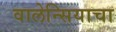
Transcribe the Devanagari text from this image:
वालेन्सियाचा